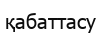
қабаттасу